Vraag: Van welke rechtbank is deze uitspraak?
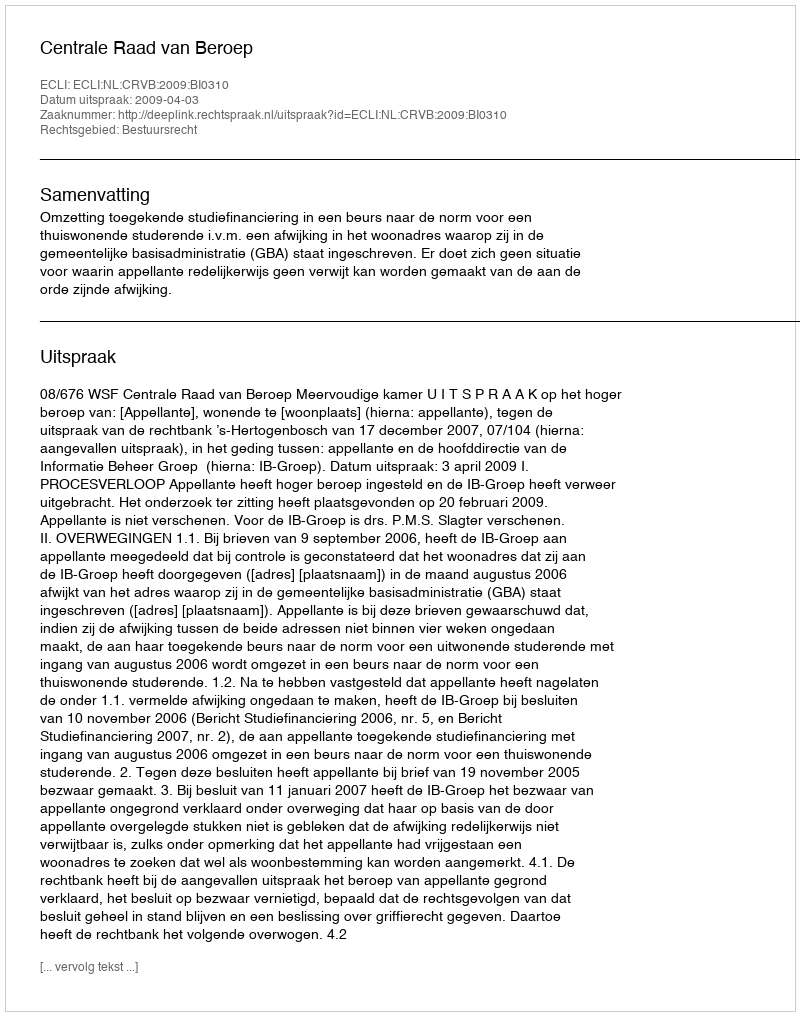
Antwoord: Centrale Raad van Beroep